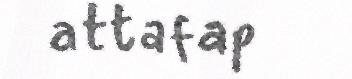
attafap